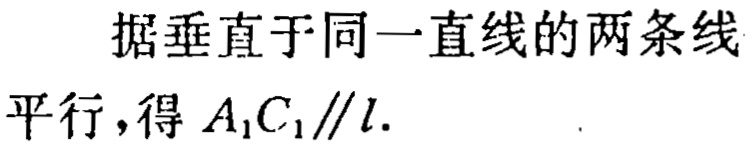
据垂直于同一直线的两条线
平行，得 \(A_{1}C_{1}\parallel l\).